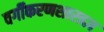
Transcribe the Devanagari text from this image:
वर्गीकरणशास्त्रज्ञ